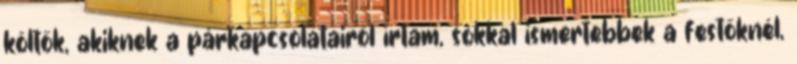
költők, akiknek a párkapcsolatairól írtam, sokkal ismertebbek a festőknél,